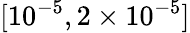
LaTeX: [10^{-5},2\times 10^{-5}]